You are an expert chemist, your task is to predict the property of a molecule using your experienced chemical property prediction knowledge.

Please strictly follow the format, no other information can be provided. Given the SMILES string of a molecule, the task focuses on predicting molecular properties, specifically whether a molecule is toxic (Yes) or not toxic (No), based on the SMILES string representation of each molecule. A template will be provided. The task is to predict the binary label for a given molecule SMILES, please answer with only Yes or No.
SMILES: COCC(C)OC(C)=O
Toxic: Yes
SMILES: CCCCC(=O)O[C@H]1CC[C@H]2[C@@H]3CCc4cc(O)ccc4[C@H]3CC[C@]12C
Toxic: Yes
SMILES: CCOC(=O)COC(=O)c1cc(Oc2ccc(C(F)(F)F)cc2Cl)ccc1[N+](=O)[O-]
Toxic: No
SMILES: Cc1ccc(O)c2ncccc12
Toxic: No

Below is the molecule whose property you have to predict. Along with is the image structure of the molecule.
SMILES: CCOc1ccc(NC(=S)Nc2ccc(OCC)cc2)cc1
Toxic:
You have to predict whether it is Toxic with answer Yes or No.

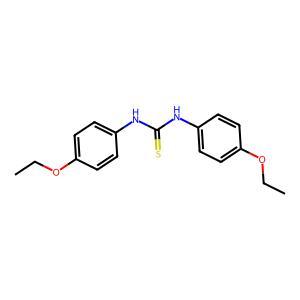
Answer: No